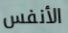
الأنفس